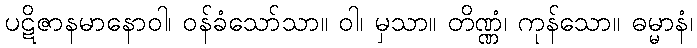
ပဋိဇာနမာနောဝါ၊ ဝန်ခံသော်သာ။ ဝါ၊ မှသာ။ တိဏ္ဏံ၊ ကုန်သော။ ဓမ္မာနံ၊